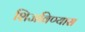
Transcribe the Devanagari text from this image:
शिजविण्यास